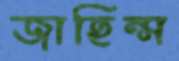
জাহিন্স